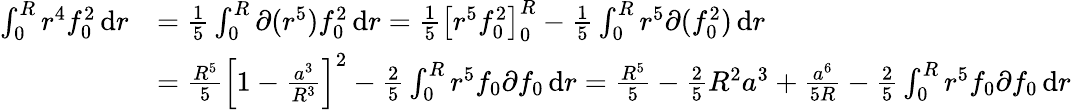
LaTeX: \begin{array}{rl}{\int_{0}^{R}r^{4}f_{0}^{2}\, \textnormal{d}r}&{=\frac{1}{5}\int_{0}^{R}\partial(r^{5})f_{0}^{2}\, \textnormal{d}r=\frac{1}{5}\left[r^{5}f_{0}^{2}\right]_{0}^{R}-\frac{1}{5}\int_{0}^{R}r^{5}\partial(f_{0}^{2})\, \textnormal{d}r}\\ &{=\frac{R^{5}}{5}\left[1-\frac{a^{3}}{R^{3}}\right]^{2}-\frac{2}{5}\int_{0}^{R}r^{5}f_{0}\partial f_{0}\, \textnormal{d}r=\frac{R^{5}}{5}-\frac{2}{5}R^{2}a^{3}+\frac{a^{6}}{5R}-\frac{2}{5}\int_{0}^{R}r^{5}f_{0}\partial f_{0}\, \textnormal{d}r}\end{array}